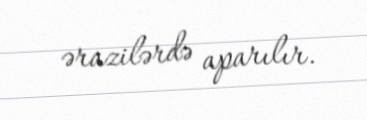
ərazilərdə aparılır.